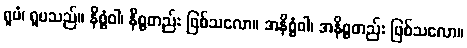
ရူပံ၊ ရူပသည်။ နိစ္စံဝါ၊ နိစ္စတည်း ဖြစ်သလော။ အနိစ္စံဝါ၊ အနိစ္စတည်း ဖြစ်သလော။